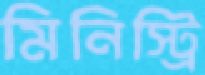
মিনিস্ট্রি